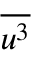
\overline { { u ^ { 3 } } }